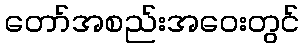
တော်အစည်းအဝေးတွင်